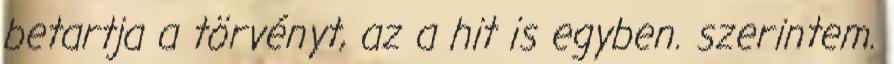
betartja a törvényt, az a hit is egyben. szerintem.